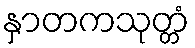
နှာတကသုတ္တံ